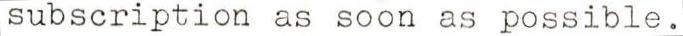
subscription as soon as possible.